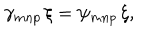
\gamma _ { m n p } \, \xi = \psi _ { m n p } \, \xi ,